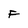
Character: F